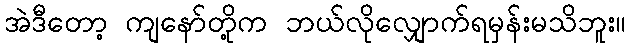
အဲဒီတော့ ကျနော်တို့က ဘယ်လိုလျှောက်ရမှန်းမသိဘူး။